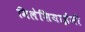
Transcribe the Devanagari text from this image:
मिलेशियाईंनी